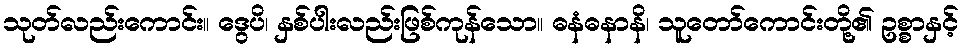
သုတ်လည်းကောင်း။ ဒွေပိ၊ နှစ်ပါးလည်းဖြစ်ကုန်သော။ ဓနံဓနာနိ၊ သူတော်ကောင်းတို့၏ ဥစ္စာနှင့်